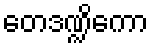
တေဒဏ္ဍိကော